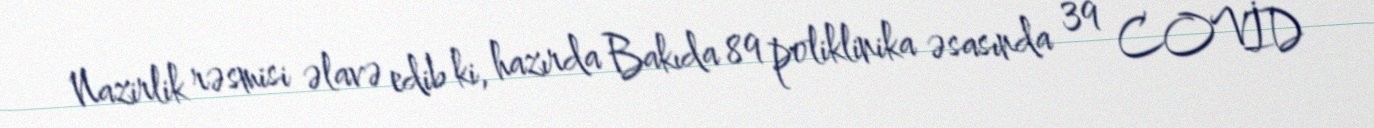
Nazirlik rəsmisi əlavə edib ki, hazırda Bakıda 89 poliklinika əsasında 39 COVİD